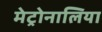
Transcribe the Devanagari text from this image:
मेट्रोनालिया